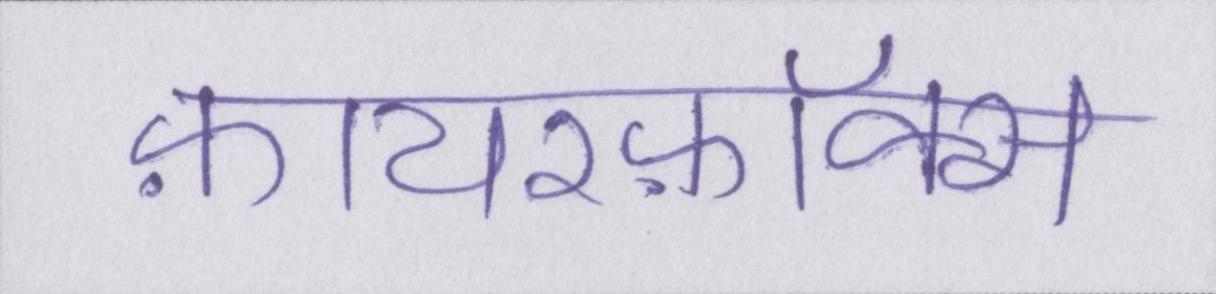
फ़ायरफ़ॉक्स